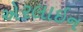
એરલાઇન